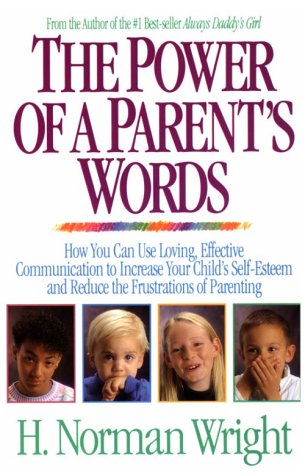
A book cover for The Power of a Parent's Words; H. Norman Wright; Parenting & Relationships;